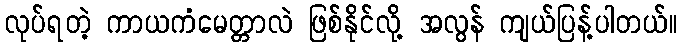
လုပ်ရတဲ့ ကာယကံမေတ္တာလဲ ဖြစ်နိုင်လို့ အလွန် ကျယ်ပြန့်ပါတယ်။